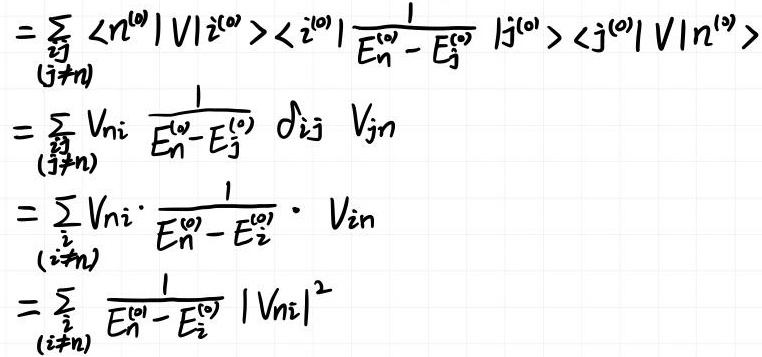
\[
\begin{align*}
&=\sum_{\substack{i,j\\(j\neq n)}} \langle n^{(0)} | V | i^{(0)} \rangle \langle i^{(0)} | \frac{1}{E_n^{(0)}-E_j^{(0)}} | j^{(0)} \rangle \langle j^{(0)} | V | n^{(0)} \rangle\\
&=\sum_{\substack{i,j\\(j\neq n)}} V_{ni} \frac{1}{E_n^{(0)}-E_j^{(0)}} \delta_{ij} V_{jn}\\
&=\sum_{\substack{i\\(i\neq n)}} V_{ni} \cdot \frac{1}{E_n^{(0)}-E_i^{(0)}} \cdot V_{in}\\
&=\sum_{\substack{i\\(i\neq n)}} \frac{1}{E_n^{(0)}-E_i^{(0)}} |V_{ni}|^2
\end{align*}
\]